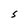
Character: S